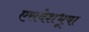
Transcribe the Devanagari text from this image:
एसवेशभूषा